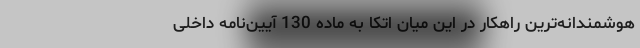
هوشمندانه‌ترین راهکار در این میان اتکا به ماده 130 آیین‌نامه داخلی